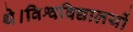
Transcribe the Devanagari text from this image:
थे।विश्वविद्यालयों